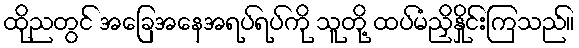
ထိုညတွင် အခြေအနေအရပ်ရပ်ကို သူတို့ ထပ်မံညှိနှိုင်းကြသည်။